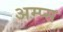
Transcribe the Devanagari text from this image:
अम्प्स